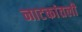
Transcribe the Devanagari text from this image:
नाटकांतली